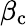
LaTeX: \beta_{\mathrm c}